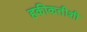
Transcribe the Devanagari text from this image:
हकीकतीशी